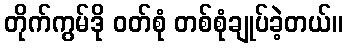
တိုက်ကွမ်ဒို ဝတ်စုံ တစ်စုံချုပ်ခဲ့တယ်။